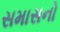
સમાસનો